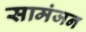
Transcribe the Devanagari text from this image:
सामंजन